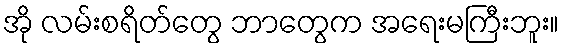
အို လမ်းစရိတ်တွေ ဘာတွေက အရေးမကြီးဘူး။